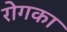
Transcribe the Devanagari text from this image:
रोगका